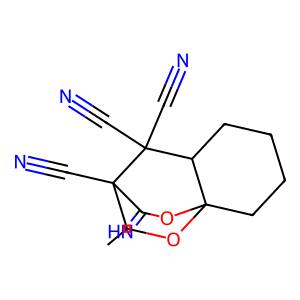
SMILES: CC1OC23CCCCC2C(C#N)(C#N)C1(C#N)C(=N)O3
Inhibits HIV replication: No